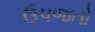
ઉપજતો